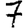
Digit: 7